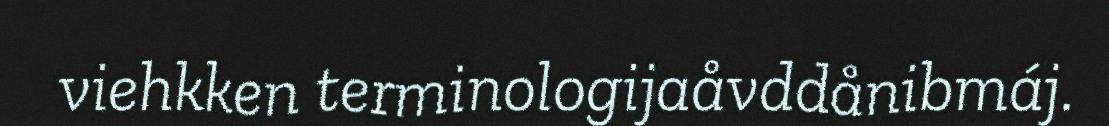
viehkken terminologijaåvddånibmáj.